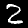
Label: 2